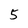
Character: 5